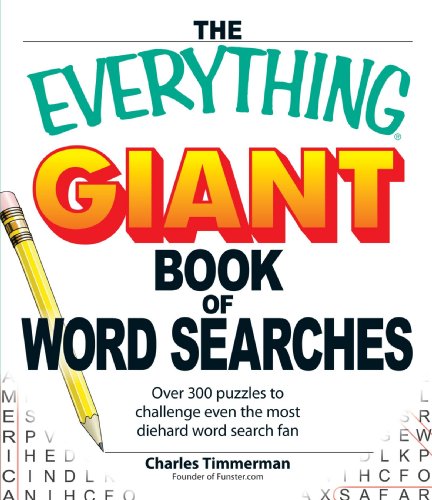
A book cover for The Everything Giant Book of Word Searches: Over 300 puzzles for big word search fans!; Charles Timmerman; Humor & Entertainment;